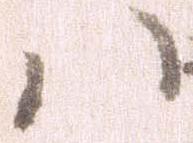
ハ